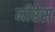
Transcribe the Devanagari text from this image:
नीरेस